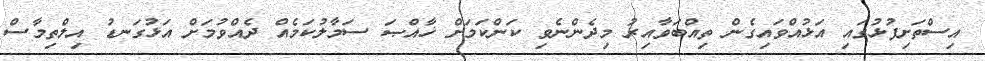
އިސްތަށިފުޅުގައި އަޅުއްވައިގެން ތިއްބަވާއިރު މިދެންނެވި ކަންކަމަށް ޚާއްޞަ ސަމާލުކަމެއް ދެއްވުމަށް އަޅުގަނޑު އިލްތިމާސް